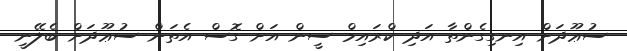
ސުޢޫދަށް އިނގިގެންތާ އަދި ކްރައިމް ސީން އަށް ގޮސް އެތަން ސުޢޫދަށް ބެލޭނީ